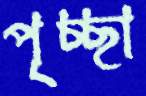
পৃচ্ছা